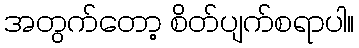
အတွက်တော့ စိတ်ပျက်စရာပါ။